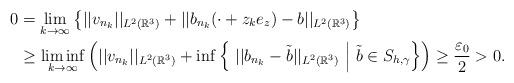
LaTeX: \begin{align*}0&=\lim_{k\to\infty}\left\{ ||v_{n_k}||_{L^{2}(\mathbb{R}^{3})}+||b_{n_k}(\cdot+z_{k}e_z)-b||_{L^{2}(\mathbb{R}^{3})} \right\} \\&\geq\liminf_{k\to\infty}\left( ||v_{n_k}||_{L^{2}(\mathbb{R}^{3})}+\inf\left\{\ ||b_{n_k}-\tilde{b}||_{L^{2}(\mathbb{R}^{3})} \ \middle|\ \tilde{b}\in S_{h,\gamma} \right\}\right)\geq \frac{\varepsilon_0}{2}>0.\end{align*}